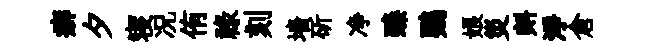
癖夕寝况侑禄刻墻斫净臻鸚娘災㪺淨倉